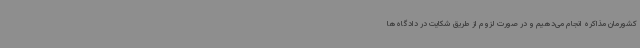
کشورمان مذاکره انجام می‌دهیم و در صورت لزوم از طریق شکایت در دادگاه‌ها